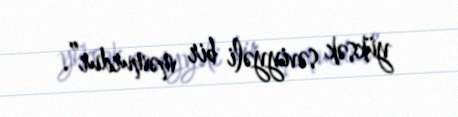
yüksək səviyyəli bir məmurdur”.